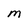
Character: M